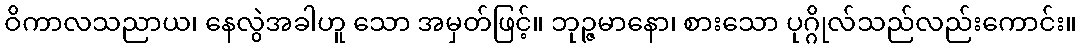
ဝိကာလသညာယ၊ နေလွဲအခါဟူ သော အမှတ်ဖြင့်။ ဘုဉ္ဇမာနော၊ စားသော ပုဂ္ဂိုလ်သည်လည်းကောင်း။